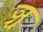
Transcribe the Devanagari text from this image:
ञ्च